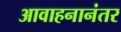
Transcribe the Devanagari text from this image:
आवाहनानंतर